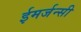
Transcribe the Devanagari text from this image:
ईमर्जन्सी